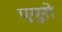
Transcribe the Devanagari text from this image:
प्यूरो